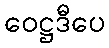
ဝေဋ္ဌဒီပေ